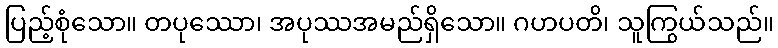
ပြည့်စုံသော။ တပုဿော၊ အပုဿအမည်ရှိသော။ ဂဟပတိ၊ သူကြွယ်သည်။